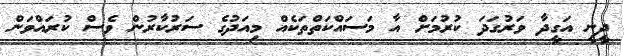
ދީނީ އަގީދާ ވަރުގަދަ ކުރުމަށް އާ މަސައްކަތްތަކެއް މިއަދުގެ ސަރުކާރުން ވެސް ކުރައްވަން